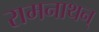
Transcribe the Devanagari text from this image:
रामनाथन्